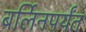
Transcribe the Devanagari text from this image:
बर्लिनपर्यंत